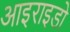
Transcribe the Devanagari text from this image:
आइराइडो